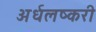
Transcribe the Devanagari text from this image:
अर्धलष्करी